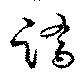
蹻